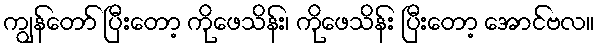
ကျွန်တော် ပြီးတော့ ကိုဖေသိန်း၊ ကိုဖေသိန်း ပြီးတော့ အောင်ဗလ။